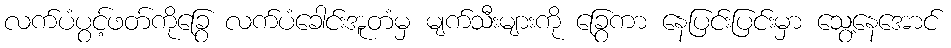
လက်ပံပွင့်ဖတ်ကိုခြွေ လက်ပံခေါင်းအူတံမှ မျက်သီးများကို ခြွေကာ နေပြင်းပြင်းမှာ သွေ့နေအောင်